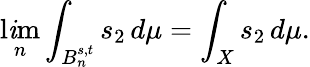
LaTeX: \operatorname*{l\mathit{i}m}_{n}\int_{B_{n}^{s,t}}s_{2}\, d\mu=\int_{X}s_{2}\, d\mu.